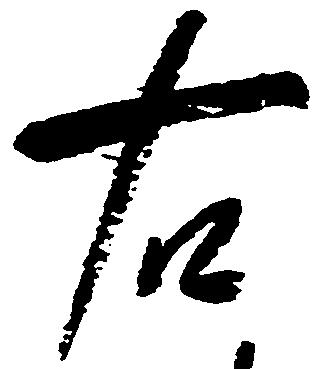
右